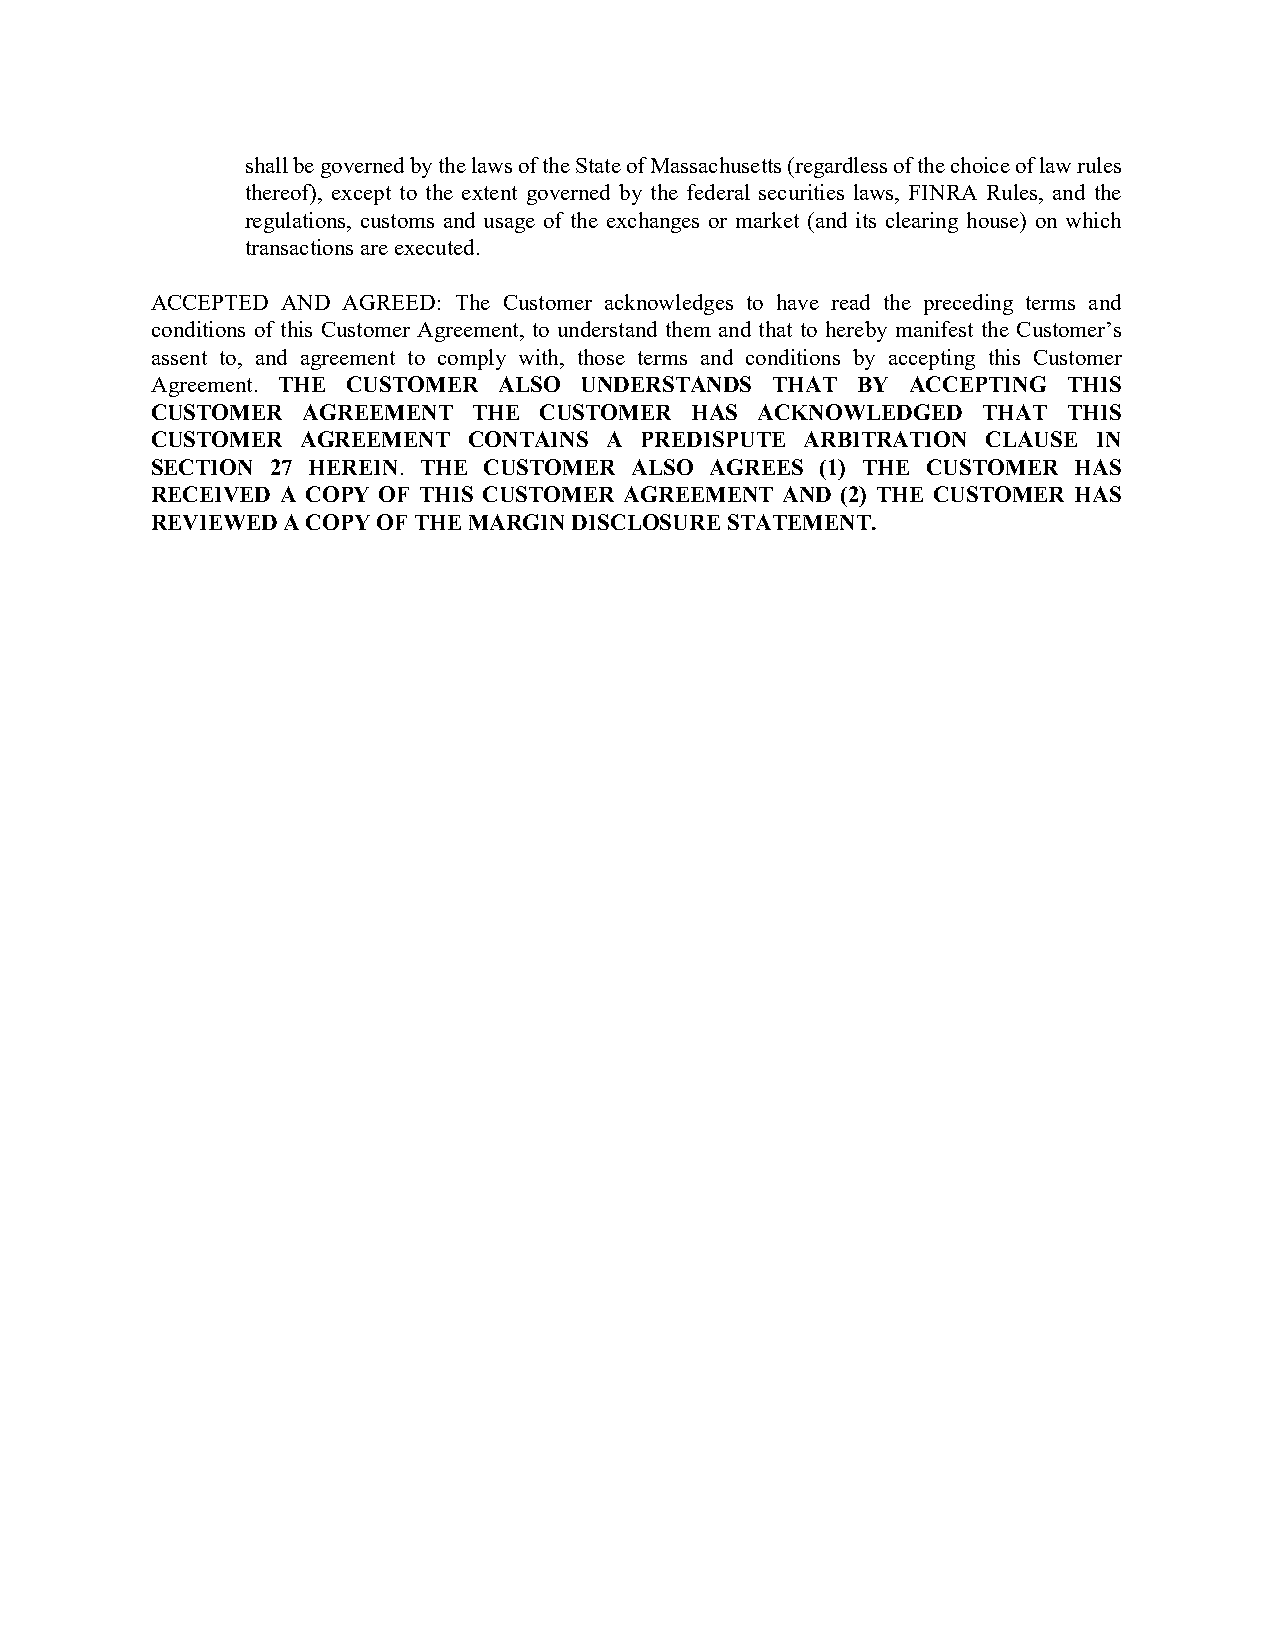
shall be governed by the laws of the State of Massachusetts (regardless of the choice of law rules
 thereof), except to the extent governed by the federal securities laws, FINRA Rules, and the
 regulations, customs and usage of the exchanges or market (and its clearing house) on which
 transactions are executed.
 ACCEPTED AND AGREED: The Customer acknowledges to have read the preceding terms and
 conditions of this Customer Agreement, to understand them and that to hereby manifest the Customer’s
 assent to, and agreement to comply with, those terms and conditions by accepting this Customer
 Agreement. THE CUSTOMER ALSO UNDERSTANDS THAT  BY ACCEPTING  THIS
 CUSTOMER  AGREEMENT  THE  CUSTOMER  HAS ACKNOWLEDGED   THAT  THIS
 CUSTOMER  AGREEMENT  CONTAINS A PREDISPUTE ARBITRATION CLAUSE  IN
 SECTION 27 HEREIN. THE CUSTOMER ALSO AGREES (1) THE CUSTOMER HAS
 RECEIVED A COPY OF THIS CUSTOMER AGREEMENT AND (2) THE CUSTOMER HAS
 REVIEWED A COPY OF THE MARGIN DISCLOSURE STATEMENT.